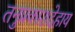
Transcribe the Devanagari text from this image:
तनुप्रकाशदेहाय